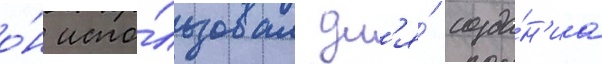
о́н испо́льзовал дл'я́ созда́н'иа